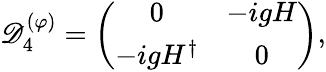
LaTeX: {\cal\mathscr{D}}_{4}^{(\varphi)}=\left(\begin{array}{cc}{{0}}&{{-igH}}\\ {{-igH^{\dagger}}}&{{0}}\end{array}\right),